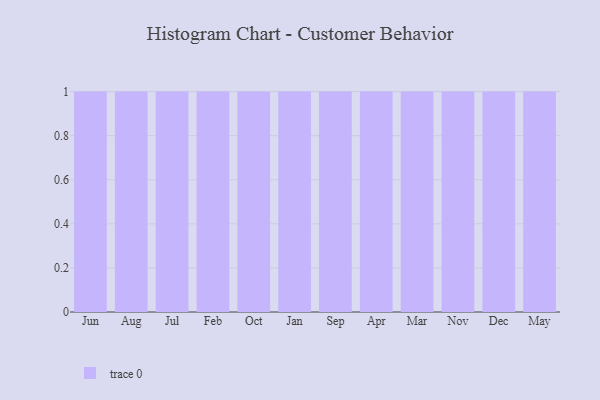
{"axis": {"x": "Month", "y": "Gross Profit (USD K)"}, "legend": [""], "data": [{"x": "Jun", "y": 98, "type": ""}, {"x": "Aug", "y": 24, "type": ""}, {"x": "Jul", "y": 45, "type": ""}, {"x": "Feb", "y": 44, "type": ""}, {"x": "Oct", "y": 81, "type": ""}, {"x": "Jan", "y": 46, "type": ""}, {"x": "Sep", "y": 89, "type": ""}, {"x": "Apr", "y": 31, "type": ""}, {"x": "Mar", "y": 57, "type": ""}, {"x": "Nov", "y": 26, "type": ""}, {"x": "Dec", "y": 50, "type": ""}, {"x": "May", "y": 100, "type": ""}]}